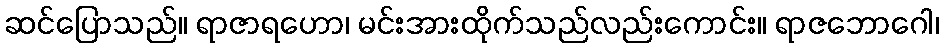
ဆင်ပြောသည်။ ရာဇာရဟော၊ မင်းအားထိုက်သည်လည်းကောင်း။ ရာဇဘောဂေါ၊